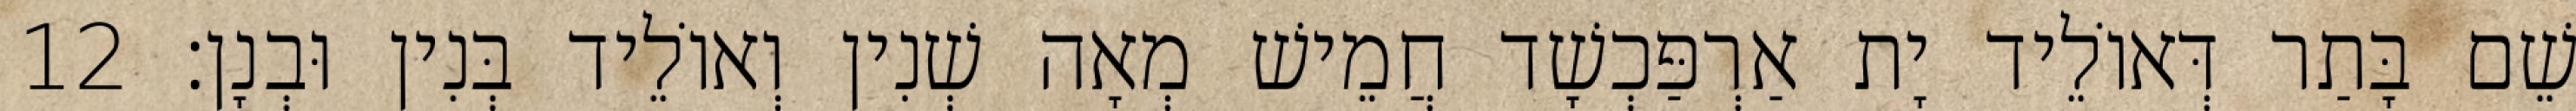
שֵׁם בָּתַר דְּאוֹלֵיד יָת אַרְפַּכְשָׁד חֲמֵישׁ מְאָה שְׁנִין וְאוֹלֵיד בְּנִין וּבְנָן׃ 12